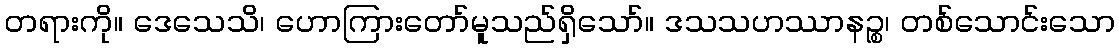
တရားကို။ ဒေသေသိ၊ ဟောကြားတော်မူသည်ရှိသော်။ ဒသသဟဿာနဉ္စ၊ တစ်သောင်းသော